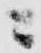
ニ